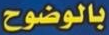
بالوضوح